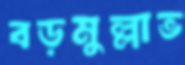
বড়মুল্লাভ